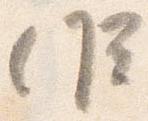
候